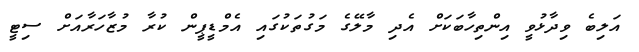
އަލިބެ ވިދާޅުވީ އިންތިހާބަކަށް އެދި މާލޭގެ މަގުތަކުގައި އެމްޑީޕީން ކުރާ މުޒާހަރާއަށް ސިޓީ